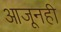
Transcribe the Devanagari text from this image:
आजूनही